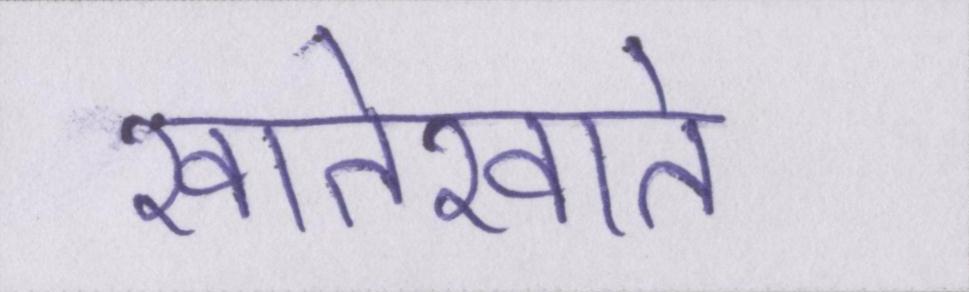
खातेखाते